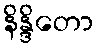
နိန္ဒိတော